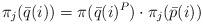
LaTeX: \begin{align*}\pi_j(\bar q(i)) = \pi(\bar q(i)^P)\cdot \pi_j(\bar p(i))\end{align*}